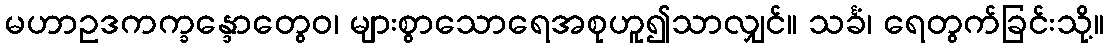
မဟာဥဒကက္ခန္ဒောတွေဝ၊ များစွာသောရေအစုဟူ၍သာလျှင်။ သင်္ခံ၊ ရေတွက်ခြင်းသို့။